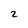
Character: 2